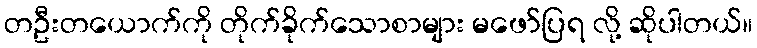
တဦးတယောက်ကို တိုက်ခိုက်သောစာများ မဖော်ပြရ လို့ ဆိုပါတယ်။